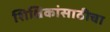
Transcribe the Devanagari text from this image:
शिक्षिकांसाठीचा